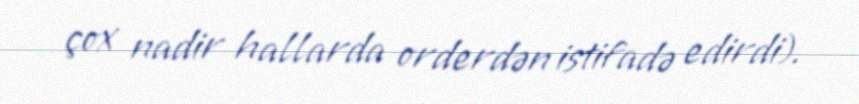
çox nadir hallarda orderdən istifadə edirdi).